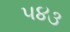
૫૪૩